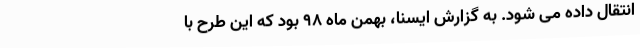
انتقال داده می شود. به گزارش ایسنا، بهمن ماه 98 بود که این طرح با